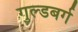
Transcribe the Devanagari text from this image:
गुल्डबर्ग